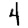
Digit: 4